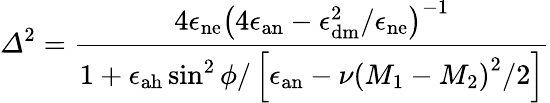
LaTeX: \varDelta^{2}=\frac{4\epsilon_{\mathrm{ne}}\left(4\epsilon_{\mathrm{an}}-\epsilon_{\mathrm{dm}}^{2}/\epsilon_{\mathrm{ne}}\right)^{-1}}{1+\epsilon_{\mathrm{ah}}\sin^{2}\phi/\left[\epsilon_{\mathrm{an}}-\nu\left(M_{1}-M_{2}\right)^{2}/2\right]}